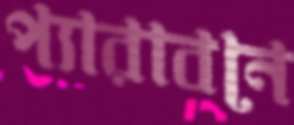
প্যারাবনে